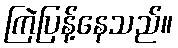
ကြဲပြန့်နေသည်။